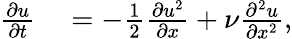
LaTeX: \begin{array}{rl}{\frac{\partial u}{\partial t}}&{{}=-\frac{1}{2}\frac{\partial u^{2}}{\partial x}+\nu\frac{\partial^{2}u}{\partial x^{2}},}\end{array}